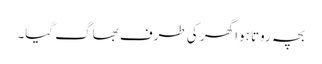
بچہ روتا ہوا گھر کی طرف بھاگ گیا۔